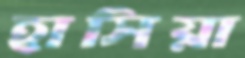
হাসিয়া